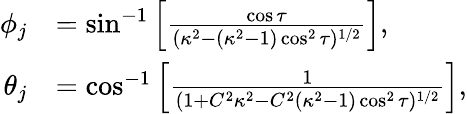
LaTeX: \begin{array}{rl}{\phi_{j}}&{=\sin^{-1}\Big[\frac{\cos\tau}{(\kappa^{2}-(\kappa^{2}-1)\cos^{2}\tau)^{1/2}}\Big],}\\ {\theta_{j}}&{=\cos^{-1}\Big[\frac{1}{(1+C^{2}\kappa^{2}-C^{2}(\kappa^{2}-1)\cos^{2}\tau)^{1/2}}\Big],}\end{array}